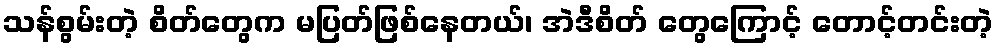
သန်စွမ်းတဲ့ စိတ်တွေက မပြတ်ဖြစ်နေတယ်၊ အဲဒီစိတ် တွေကြောင့် တောင့်တင်းတဲ့